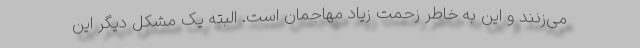
می‌زنند و این به خاطر زحمت زیاد مهاجمان است‌. البته یک مشکل دیگر این